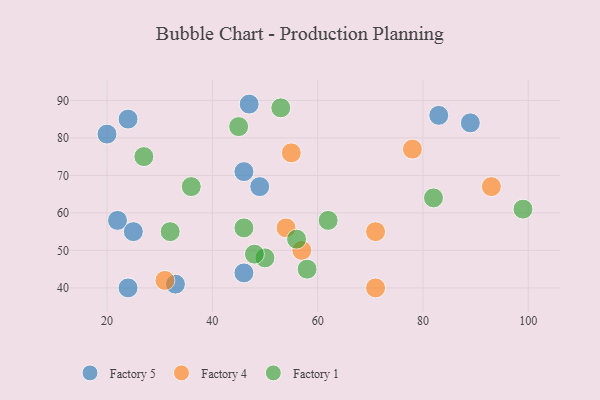
{"axis": {"x": "GDP", "y": "Life Expectancy"}, "legend": ["Factory 1", "Factory 4", "Factory 5"], "data": [{"x": "46", "y": 71, "type": "Factory 5"}, {"x": "83", "y": 86, "type": "Factory 5"}, {"x": "20", "y": 81, "type": "Factory 5"}, {"x": "49", "y": 67, "type": "Factory 5"}, {"x": "24", "y": 85, "type": "Factory 5"}, {"x": "46", "y": 44, "type": "Factory 5"}, {"x": "33", "y": 41, "type": "Factory 5"}, {"x": "22", "y": 58, "type": "Factory 5"}, {"x": "89", "y": 84, "type": "Factory 5"}, {"x": "24", "y": 40, "type": "Factory 5"}, {"x": "25", "y": 55, "type": "Factory 5"}, {"x": "47", "y": 89, "type": "Factory 5"}, {"x": "54", "y": 56, "type": "Factory 4"}, {"x": "93", "y": 67, "type": "Factory 4"}, {"x": "57", "y": 50, "type": "Factory 4"}, {"x": "71", "y": 40, "type": "Factory 4"}, {"x": "78", "y": 77, "type": "Factory 4"}, {"x": "55", "y": 76, "type": "Factory 4"}, {"x": "31", "y": 42, "type": "Factory 4"}, {"x": "71", "y": 55, "type": "Factory 4"}, {"x": "45", "y": 83, "type": "Factory 1"}, {"x": "50", "y": 48, "type": "Factory 1"}, {"x": "53", "y": 88, "type": "Factory 1"}, {"x": "62", "y": 58, "type": "Factory 1"}, {"x": "99", "y": 61, "type": "Factory 1"}, {"x": "56", "y": 53, "type": "Factory 1"}, {"x": "48", "y": 49, "type": "Factory 1"}, {"x": "46", "y": 56, "type": "Factory 1"}, {"x": "36", "y": 67, "type": "Factory 1"}, {"x": "32", "y": 55, "type": "Factory 1"}, {"x": "27", "y": 75, "type": "Factory 1"}, {"x": "82", "y": 64, "type": "Factory 1"}, {"x": "58", "y": 45, "type": "Factory 1"}]}